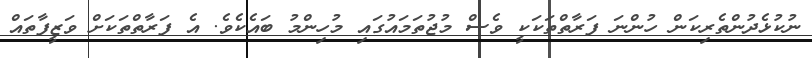
ނުކުޅެދުންތެރިކަން ހުންނަ ފަރާތްތަކަކީ ވެސް މުޖުތަމައުގައި މުހިންމު ބައެކެވެ. އެ ފަރާތްތަކަށް ވަޒީފާތައް